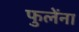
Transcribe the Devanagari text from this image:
फुलेंना